Report on the lunatic asylums under the Government of Bombay - 1904-1913
Year: 1904
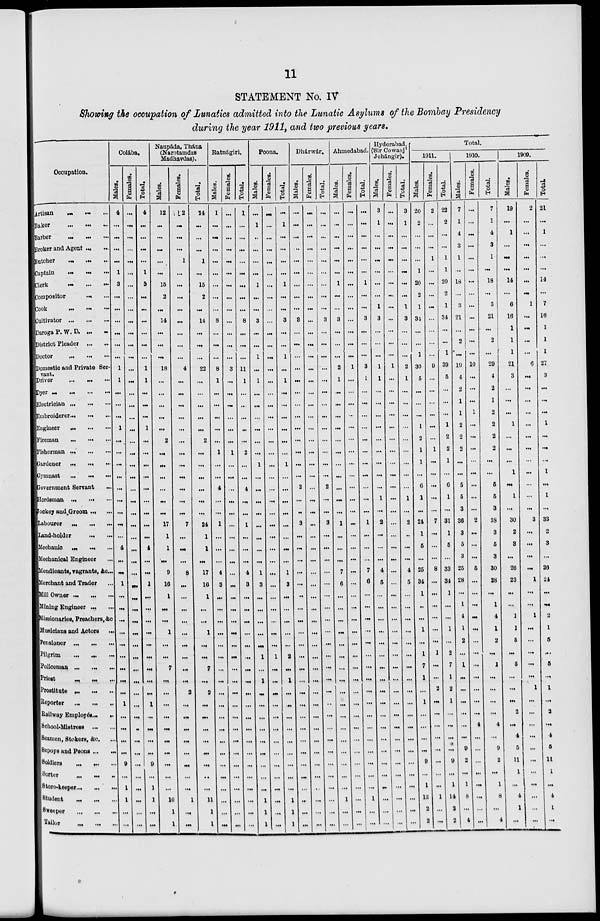
11
STATEMENT No. IV
Showing the occupation of Lunatics admitted into the Lunatic Asylums of the Bombay Presidency
during the year 1911, and two previous years.
Occupation.
Artisan ... ... ...
Baker
...
...
...
Barber
...
...
...
Broker and Agent ... ...
Butcher
...
...
...
Captain
...
...
...
Clerk
...
...
...
Compositor ... ... ...
Cook
...
...
...
Cultivator ... ... ...
Daroga P. W. D. ... ...
District Pleader ... ...
Doctor
...
...
...
Domestic and Private Ser¬
vant.
Driver ... ... ...
Dyer ... ... ... ...
Electrician ... ... ...
Embroiderer ... ... ...
Engineer
...
...
...
Fireman ... ... ...
Fisherman ... ... ...
Gardener
...
...
...
Gymnast
...
...
...
Government Servant ...
Herdsman ... ... ...
Jockey and.Groom ... ...
Labourer ... ... ...
Land-holder ... ... ...
Mechanic ... ... ...
Mechanical Engineer ...
Mendicants, vagrants, &c. ...
Merchant and Trader ...
Mill Owner ... ... ...
Mining Engineer ... ...
Missionaries, Preachers, &c
Musicians and Actors ...
Pensioner ... ... ...
Pilgrim ... ... ...
Policeman ... ... ...
Priest ... ... ...
Prostitute ... ... ...
Reporter ... ... ...
Railway Employés ... ...
School-Mistress ... ...
Seamen, Stokers, &c.
Sepoys and Peons ...
Soldiers ... ... ...
Sorter ... ... ...
Store-keeper ... ... ...
Student ... ... ...
Sweeper ... ... ...
Tailor ... ... ...
Colába.
Males.
4
...
...
...
...
1
3
...
...
...
...
...
...
1
1
...
...
...
1
...
...
...
...
...
...
...
...
...
4
...
...
1
...
...
...
...
...
...
...
...
...
1
...
...
...
...
9
...
1
1
...
...
Females.
...
...
...
...
...
...
...
...
...
...
...
...
...
...
...
...
...
...
...
...
...
...
...
...
...
...
...
...
...
...
...
...
...
...
...
...
...
...
...
...
...
...
...
...
...
...
...
...
...
...
...
...
Total.
4
...
...
...
...
1
3
...
...
...
...
...
...
1
1
...
...
...
1
...
...
...
...
...
...
...
...
...
4
...
...
1
...
...
...
...
...
...
...
...
...
1
...
...
...
...
9
...
1
1
...
...
Naupáda, Thána
(Narotamdas
Madhavdas).
Males.
12
...
...
...
...
...
15
2
...
14
...
...
...
18
...
...
...
...
...
2
...
...
...
...
...
...
17
1
1
...
9
16
1
...
...
1
...
...
7
...
...
...
...
...
...
...
...
...
1
10
1
1
Females.
2
...
...
...
1
...
...
...
...
...
...
...
...
4
...
...
...
...
...
...
...
...
...
...
...
...
7
...
...
...
8
...
...
...
...
...
...
...
...
...
2
...
...
...
...
...
...
...
...
1
...
...
Total.
14
...
...
...
1
...
15
2
...
14
...
...
...
22
...
...
...
...
...
2
...
...
...
...
...
...
24
1
1
...
17
16
1
...
...
1
...
...
7
...
2
...
...
...
...
...
...
...
1
11
1
1
Ratnágiri.
Males.
1
...
...
...
...
...
...
...
...
8
...
...
8
1
...
...
...
...
...
1
...
...
4
...
...
1
...
...
...
4
3
...
...
...
...
...
...
...
...
...
...
...
...
...
...
...
...
...
...
...
...
Females.
...
...
...
...
...
...
...
...
...
...
...
...
...
3
...
...
...
...
...
...
1
...
...
...
...
...
...
...
...
...
...
...
...
...
...
...
...
...
...
...
...
...
...
...
...
...
...
...
...
...
...
...
Total.
1
...
...
...
...
...
...
...
...
8
...
...
...
11
1
...
...
...
...
...
2
...
...
4
...
...
1
...
...
...
4
3
...
...
...
...
...
...
...
...
...
...
...
...
...
...
...
...
...
...
...
...
Poona.
Males.
...
1
...
...
...
...
1
...
...
3
...
...
1
...
1
...
...
...
...
...
...
1
...
...
...
...
...
...
...
...
1
3
...
...
...
...
...
1
...
1
...
...
...
...
...
...
...
...
...
1
1
1
Females.
...
...
...
...
...
...
...
...
...
...
...
...
...
...
...
...
...
...
...
...
...
...
...
...
...
...
...
...
...
...
...
...
...
...
...
...
...
1
...
...
...
...
...
...
...
...
...
...
...
...
...
...
Total.
...
1
...
...
...
...
1
...
...
3
...
...
1
...
1
...
...
...
...
...
...
1
...
...
...
...
...
...
...
...
1
3
...
...
...
...
...
2
...
1
...
...
...
...
...
...
...
...
...
1
1
1
Dhárwár.
Males.
...
...
...
...
...
...
...
...
...
3
...
...
...
...
...
...
...
...
...
...
...
...
...
2
...
...
3
...
...
...
...
...
...
...
...
...
...
...
...
...
...
...
...
...
...
...
...
...
...
...
...
...
Females.
...
...
. ..
...
...
...
...
...
...
...
...
...
...
...
...
...
...
...
...
...
...
...
...
...
...
...
...
...
...
...
...
...
...
...
...
...
...
...
...
...
...
...
...
...
...
...
...
...
...
...
...
...
Total.
...
...
...
...
...
...
...
...
...
3
...
...
...
...
...
...
...
...
...
...
...
...
...
2
...
...
3
...
...
..
..
...
...
...
...
...
...
...
...
...
...
...
...
...
...
...
...
...
...
..
...
...
Ahmedabad.
Males.
...
...
...
...
...
...
1
...
...
3
...
...
...
2
1
...
...
...
...
...
...
...
...
...
...
...
1
...
...
...
7
6
...
...
...
...
...
...
...
...
...
...
...
...
...
...
...
...
...
1
...
...
Females.
...
...
...
...
...
...
...
...
...
...
...
...
...
1
...
...
...
...
...
...
...
...
...
...
...
...
...
...
...
...
...
...
...
...
...
...
...
...
....
...
...
...
...
...
...
...
...
...
...
...
...
...
Total.
...
...
...
...
...
...
1
...
...
3
...
...
...
3
1
...
...
...
...
...
...
...
...
...
...
...
1
...
...
7
6
...
...
...
...
...
...
...
...
...
...
...
...
...
...
...
...
...
1
...
...
Hyderabad.
(Sir Cowasji
Jehángir).
Males.
3
1
...
...
...
...
...
...
1
3
...
...
...
1
1
...
...
...
...
...
...
...
...
...
1
...
2
...
...
...
4
5
...
...
...
...
...
...
...
...
...
...
...
...
...
...
...
...
...
...
...
...
Females.
...
...
...
...
...
...
...
...
...
...
...
...
...
1
...
...
...
...
...
...
...
...
...
...
...
...
...
...
...
...
...
...
...
...
...
...
...
...
...
...
...
...
...
...
...
...
...
...
...
...
...
...
Total.
3
1
...
...
...
...
...
...
1
3
...
...
...
2
1
...
...
...
...
...
...
...
...
...
1
...
2
...
...
...
4
5
...
...
...
...
...
...
...
...
...
...
...
...
...
...
...
...
...
...
...
...
Total.
1911.
Males.
20
2
...
...
...
1
20
2
1
34
...
...
1
30
5
...
...
...
1
2
1
1
...
6
1
...
24
1
5
...
25
34
1
...
...
1
...
1
...
...
...
1
...
...
...
...
...
...
1
13
2
2
Females.
2
...
...
...
1
...
...
...
...
...
...
...
...
9
...
...
...
...
...
...
1
...
...
...
...
...
7
...
...
...
8
...
...
...
...
...
...
1
...
...
2
...
...
...
....
...
...
...
...
1
...
...
Total.
22
2
...
...
1
1
20
2
1
34
...
...
1
39
5
...
...
...
1
2
2
1
...
6
1
31
1
5
...
33
34
1
...
...
1
...
2
...
1
2
1
...
...
...
...
...
...
1
14
2
2
1910.
Males.
7
1
4
3
1
...
18
...
3
21
...
2
...
19
4
2
1
1
2
2
2
...
...
5
5
3
36
3
5
3
25
28
...
1
4
1
2
...
7
...
..
...
...
...
...
9
2
...
1
8
...
4
Females.
...
...
...
...
...
...
...
...
...
...
...
...
...
10
...
...
1
...
...
...
...
...
...
...
...
2
...
...
...
5
...
...
...
...
...
...
...
...
...
...
...
...
4
...
...
...
...
...
...
...
...
Total.
7
1
4
3
1
...
18
...
3
21
...
2
...
29
4
2
1
2
2
2
2
...
...
5
5
3
38
3
5
3
30
28
...
1
4
1
2
...
7
...
...
...
...
4
...
9
2
...
1
8
...
4
1909.
Males.
19
...
1
...
...
...
14
...
6
16
1
1
1
21
3
...
...
...
1
...
...
...
1
...
1
...
30
2
3
...
26
23
...
...
1
1
5
...
5
...
...
...
2
...
4
5
11
1
...
4
1
...
Females.
2
...
...
...
...
...
...
...
1
...
...
...
...
6
...
...
...
...
...
...
...
...
...
...
...
...
3
...
...
...
...
1
...
...
1
...
...
...
...
...
1
...
...
...
...
...
...
...
..
...
...
...
Total.
21
...
1
...
...
...
14
...
7
16
1
1
1
27
3
...
...
...
1
...
...
...
1
...
1
...
33
2
3
...
26
24
...
...
2
1
5
...
5
...
1
...
2
...
4
5
11
1
...
4
1
...